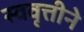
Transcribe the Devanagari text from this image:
स्ववृत्तीने